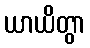
ယာယိတွာ